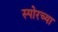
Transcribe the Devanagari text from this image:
स्पोरच्या